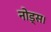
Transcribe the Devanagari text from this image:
नोड्स।